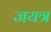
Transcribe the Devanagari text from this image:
जयत्र